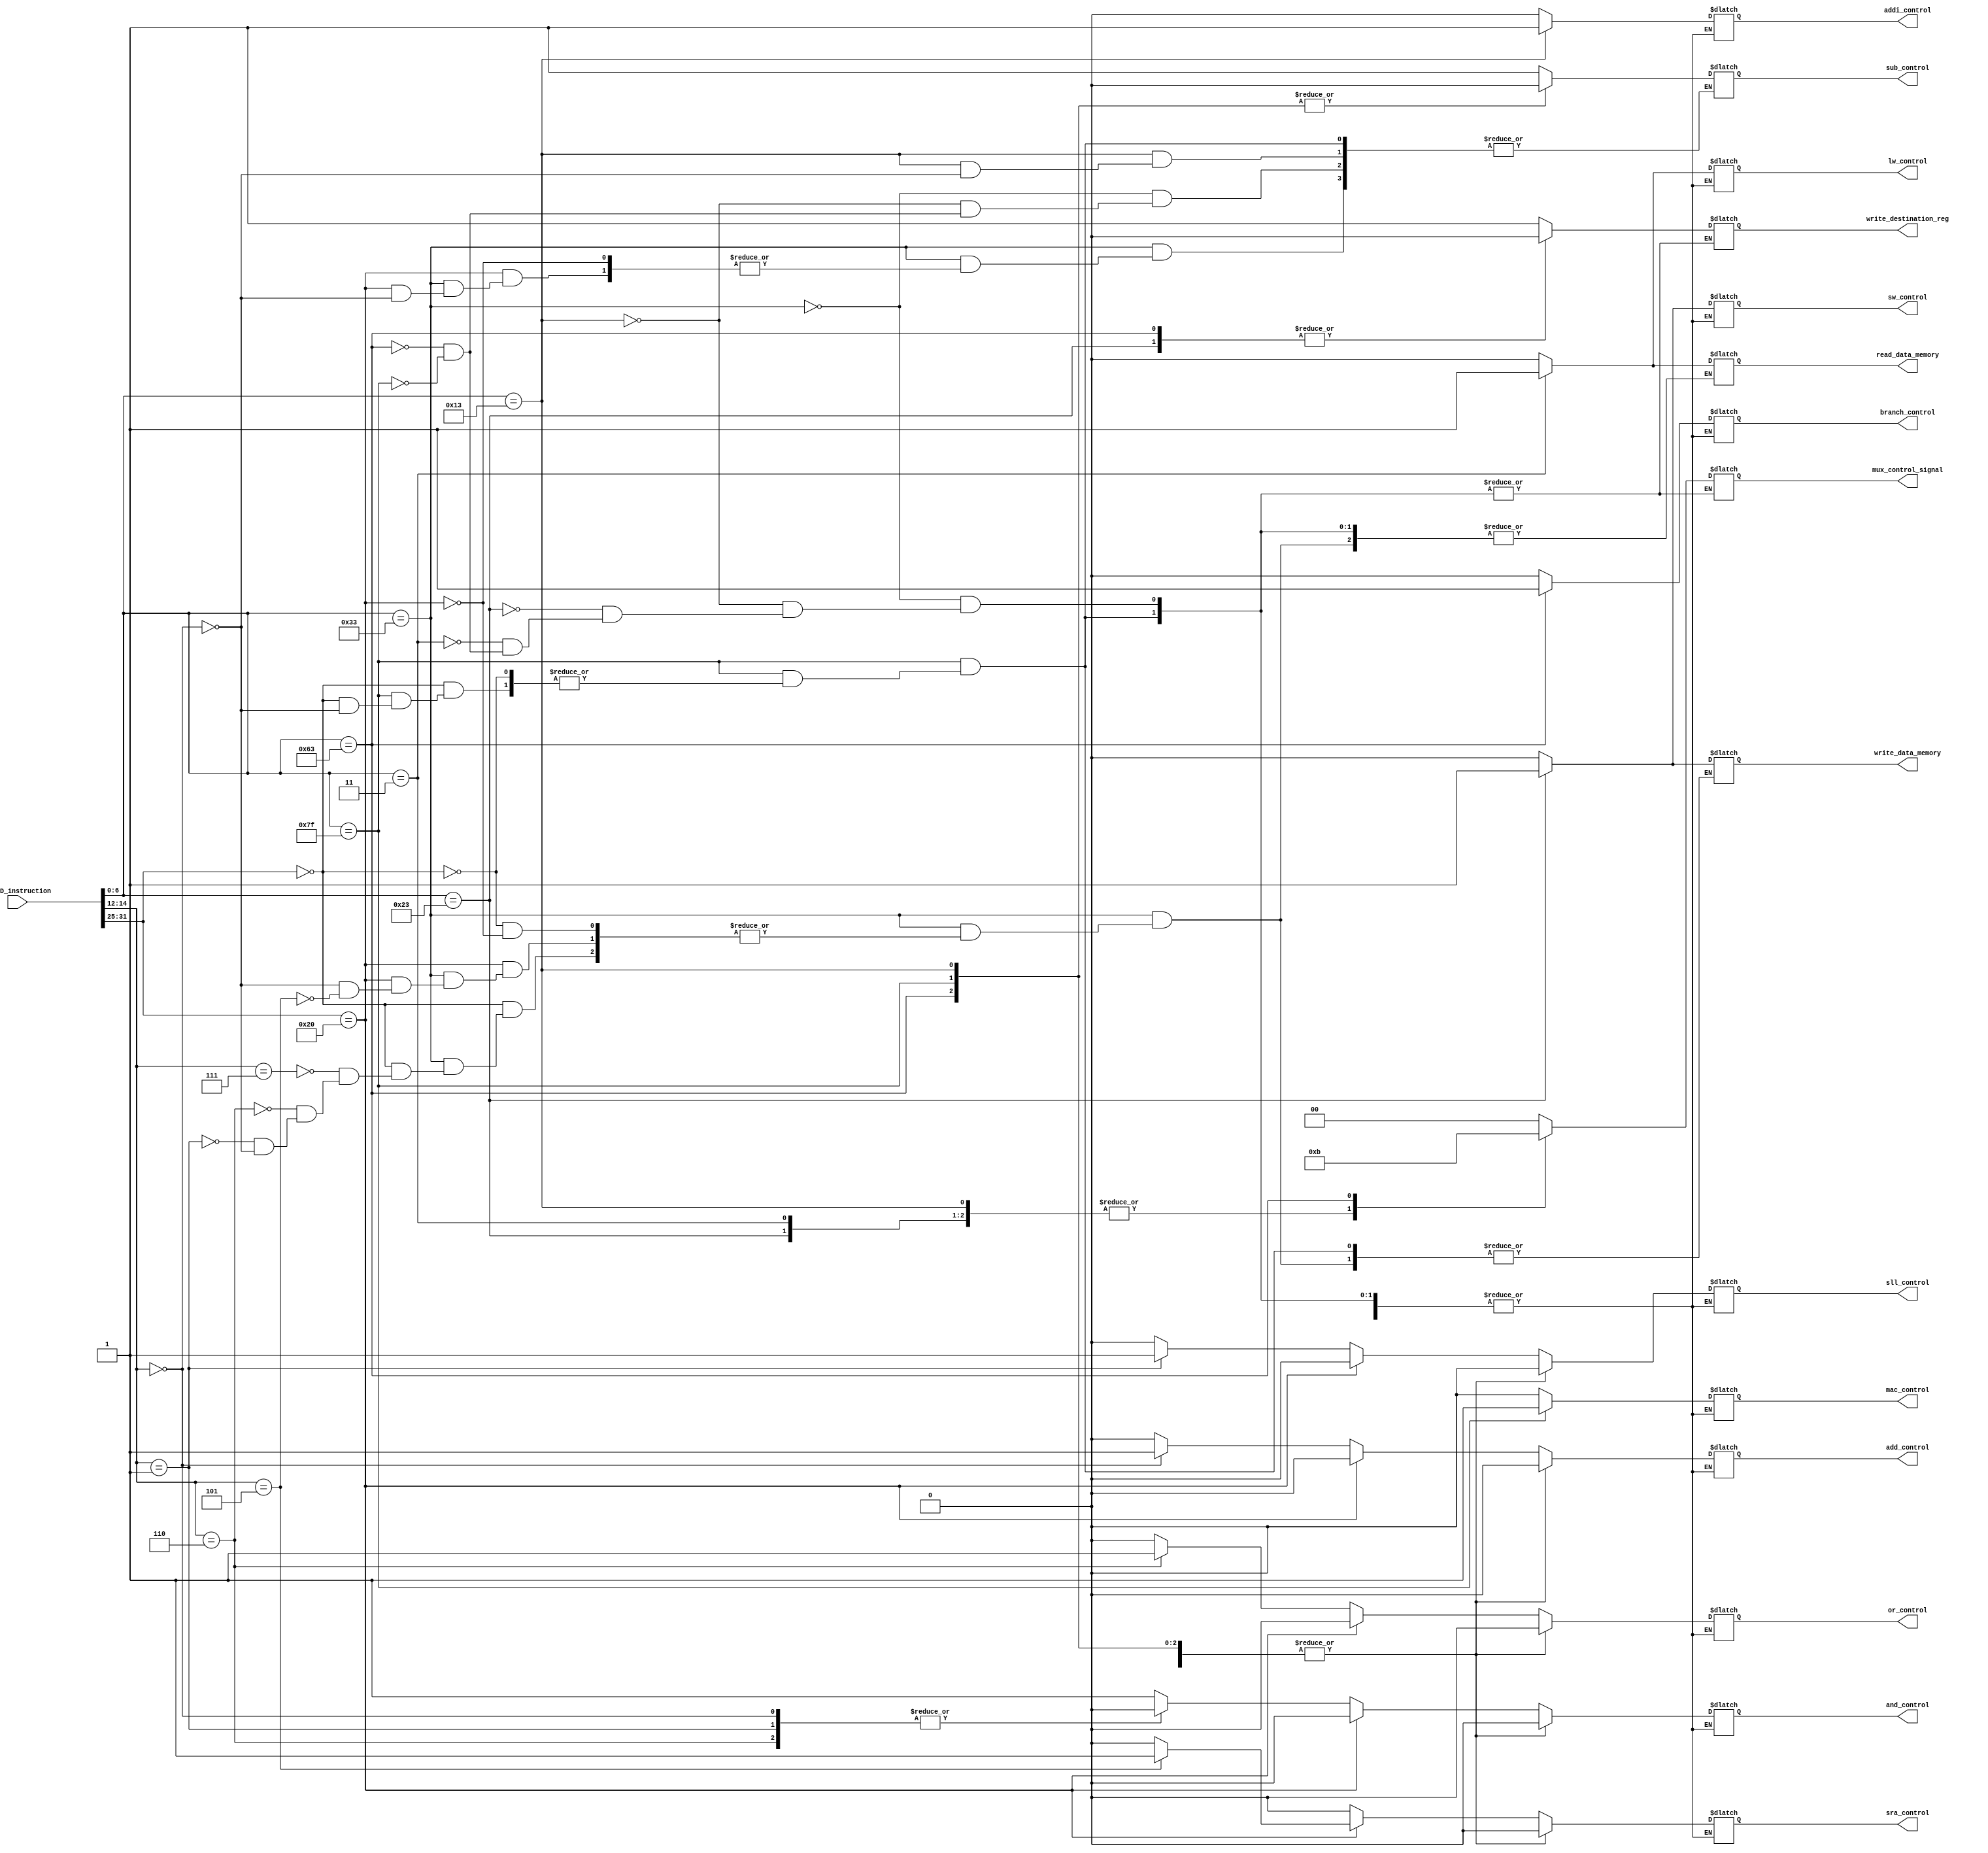
`timescale 1ps / 1ps
//////////////////////////////////////////////////////////////////////////////////
// Company: 
// Engineer: 
// 
// Design Name: 
// Module Name: Controller_Unit
// Project Name: 
// Target Devices: 
// Tool Versions: 
// Description: 
// 
// Dependencies: 
// 
// Revision:
// Revision 0.01 - File Created
// Additional Comments:
// 
//////////////////////////////////////////////////////////////////////////////////
module Controller_Unit(input [31:0]IF_ID_instruction,
output reg add_control,
output reg sub_control,
output reg addi_control,
output reg and_control,
output reg or_control,
output reg sll_control,
output reg sra_control,
output reg sw_control,
output reg lw_control,
output reg branch_control,
output reg read_data_memory,          //two signals added for  read and write
output reg write_data_memory, 
output reg write_destination_reg,        // these two will work for load and store.
output reg [1:0]mux_control_signal,
output reg mac_control);
wire [6:0]func_7;
wire [2:0]func_3;
parameter I_type=7'b0010011; //core instruction format 
parameter B_type=7'b1100011;
parameter S_type=7'b0100011;
parameter L_type=7'b0000011;  //although load is encoded in I format but to generate control signal i have used it here as separately bcz opcode is different even if encodiing is same.
parameter R_type=7'b0110011;
parameter MAC_type=7'b1111111;
// above parameter will help to select data that has to be sent to ALU by sending suitable signals to the muxes.
//These parameters are encoded in final_value[6:0].
//mux A has A on zero and NPC on 1
//Mux B has B on 0 and sign extend on 1
assign func_7=IF_ID_instruction[31:25];
assign func_3=IF_ID_instruction[14:12];
always@ (*)
begin
case(IF_ID_instruction[6:0]) //case to select type of instruction
R_type:
begin
mux_control_signal=2'b00;
write_destination_reg=1;
case(func_7)
7'b0000000:
begin
case(func_3)
3'b111:
begin
and_control=1;
or_control=0;
sll_control=0;
add_control=0;
sra_control=0;
addi_control=0;
sw_control=0;
mac_control=0;
branch_control=0;
lw_control=0;
read_data_memory=0;          //two signals added for  read and write
write_data_memory=0;
end
3'b110:
begin
or_control=1;
and_control=0;
sll_control=0;
add_control=0;
sra_control=0;
mac_control=0;
addi_control=0;
sw_control=0;
branch_control=0;
lw_control=0;
read_data_memory=0;          //two signals added for  read and write
write_data_memory=0;
end
3'b001:
begin
or_control=0;
and_control=0;
sll_control=1;
mac_control=0;
add_control=0;
sra_control=0;
lw_control=0;
addi_control=0;
sw_control=0;
branch_control=0;
read_data_memory=0;          //two signals added for  read and write
write_data_memory=0;
end
3'b000:
begin
or_control=0;
and_control=0;
sll_control=0;
add_control=1;
lw_control=0;
sra_control=0;
addi_control=0;
sw_control=0;
mac_control=0;
branch_control=0;
read_data_memory=0;          //two signals added for  read and write
write_data_memory=0;
end
endcase
end
7'b0100000:
begin
case(func_3)
3'b000:
begin
sub_control=1;
or_control=0;
and_control=0;
sll_control=0;
add_control=0;
sra_control=0;
lw_control=0;
sw_control=0;
addi_control=0;
mac_control=0;
branch_control=0;
read_data_memory=0;          //two signals added for  read and write
write_data_memory=0;
end
3'b101:
begin
or_control=0;
and_control=0;
sll_control=0;
add_control=0;
sra_control=1;
lw_control=0;
addi_control=0;
sw_control=0;
branch_control=0;
read_data_memory=0;          //two signals added for  read and write
write_data_memory=0;
mac_control=0;
end
endcase
end
endcase
end
I_type:
begin
mux_control_signal=2'b10;
read_data_memory=0;          //two signals added for  read and write
write_data_memory=0;
write_destination_reg=1;
case(func_3)  //more functionality can be applied by adding cases for different 
3'b000: 
begin
addi_control=1;
sub_control=0;
lw_control=0;
or_control=0;
and_control=0;
sw_control=0;
sll_control=0;
add_control=0;
sra_control=0;
mac_control=0;
branch_control=0;
end
endcase
end

//yet to define contrtol signals.
S_type:
begin
read_data_memory=0;          //two signals added for  read and write
write_data_memory=1;
mux_control_signal=2'b10; //mux_A will choose content of rs1 and mux_B will choose contents of the sign extended offset.
or_control=0;
and_control=0;
sll_control=0;
add_control=0;
sra_control=0;
lw_control=0;
addi_control=0;
sw_control=1; //add reg to transfer to send data to next stage
branch_control=0;
mac_control=0;
write_destination_reg=0;
end

//lw and sw signal will need to be transferred to the next memory stage to read and write
L_type:
begin
read_data_memory=1;          //two signals added for  read and write
write_data_memory=0;
mux_control_signal=2'b10; //mux_A will choose content of rs1 and mux_B will choose contents of the sign extended offset this will provide the addrress.
or_control=0;             //this address will be transferred to next staeg yo further store the ddata in memory along with the write signal.
and_control=0;
sll_control=0; 
add_control=0;
sra_control=0;
lw_control=1;
addi_control=0;
sw_control=0; //add reg to transfer to send data to next stage
branch_control=0;
write_destination_reg=1;   
mac_control=0;     
end

B_type:
begin 
read_data_memory=0;          
write_data_memory=0;
mux_control_signal=2'b11;
or_control=0;
and_control=0;
lw_control=0;
sll_control=0;
add_control=0;
sra_control=0;
sw_control=0;
addi_control=0;
sub_control=0;
branch_control=1;
write_destination_reg=0;
mac_control=0;
end
MAC_type:
begin
case(func_7)
0000000:
begin
case (func_3)
000:
begin
read_data_memory=0;          
write_data_memory=0;
mux_control_signal=2'b00;
or_control=0;
and_control=0;
lw_control=0;
sll_control=0;
add_control=0;
sra_control=0;
sw_control=0;
addi_control=0;
sub_control=0;
branch_control=0;
write_destination_reg=1;
mac_control=1;
end
endcase
end
endcase
end
default write_data_memory=0;       
endcase
end
endmodule